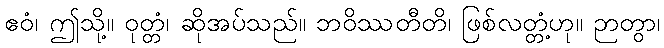
ဧဝံ၊ ဤသို့။ ဝုတ္တံ၊ ဆိုအပ်သည်။ ဘဝိဿတီတိ၊ ဖြစ်လတ္တံ့ဟု။ ဉာတွာ၊